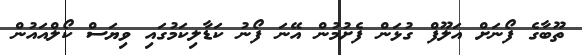
ތޫބާގެ ފޯނަށް އަލޫފް ގުޅަން ފެށުމުން އޭނަ ފޯނު ކަޑާލިކަމުގައި ވިޔަސް ކޯލްއައުން